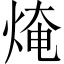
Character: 㷈